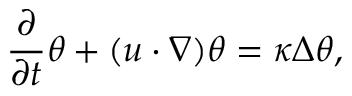
\frac { \partial } { \partial t } \theta + ( u \cdot \nabla ) \theta = \kappa \Delta \theta ,